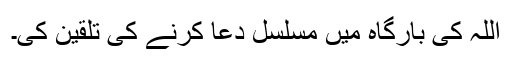
اللہ کی بارگاہ میں مسلسل دعا کرنے کی تلقین کی۔